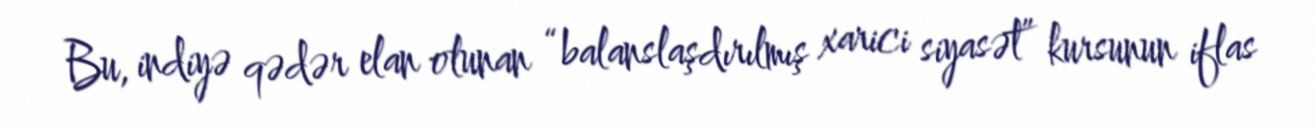
Bu, indiyə qədər elan olunan “balanslaşdırılmış xarici siyasət” kursunun iflas